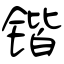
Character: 锴